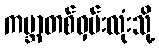
ကမ္ဘာတစ်ဝှမ်းလုံးသို့